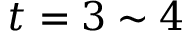
t = 3 \sim 4